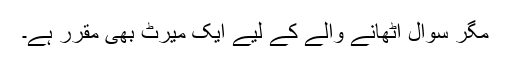
مگر سوال اُٹھانے والے کے لیے ایک میرٹ بھی مقرر ہے۔